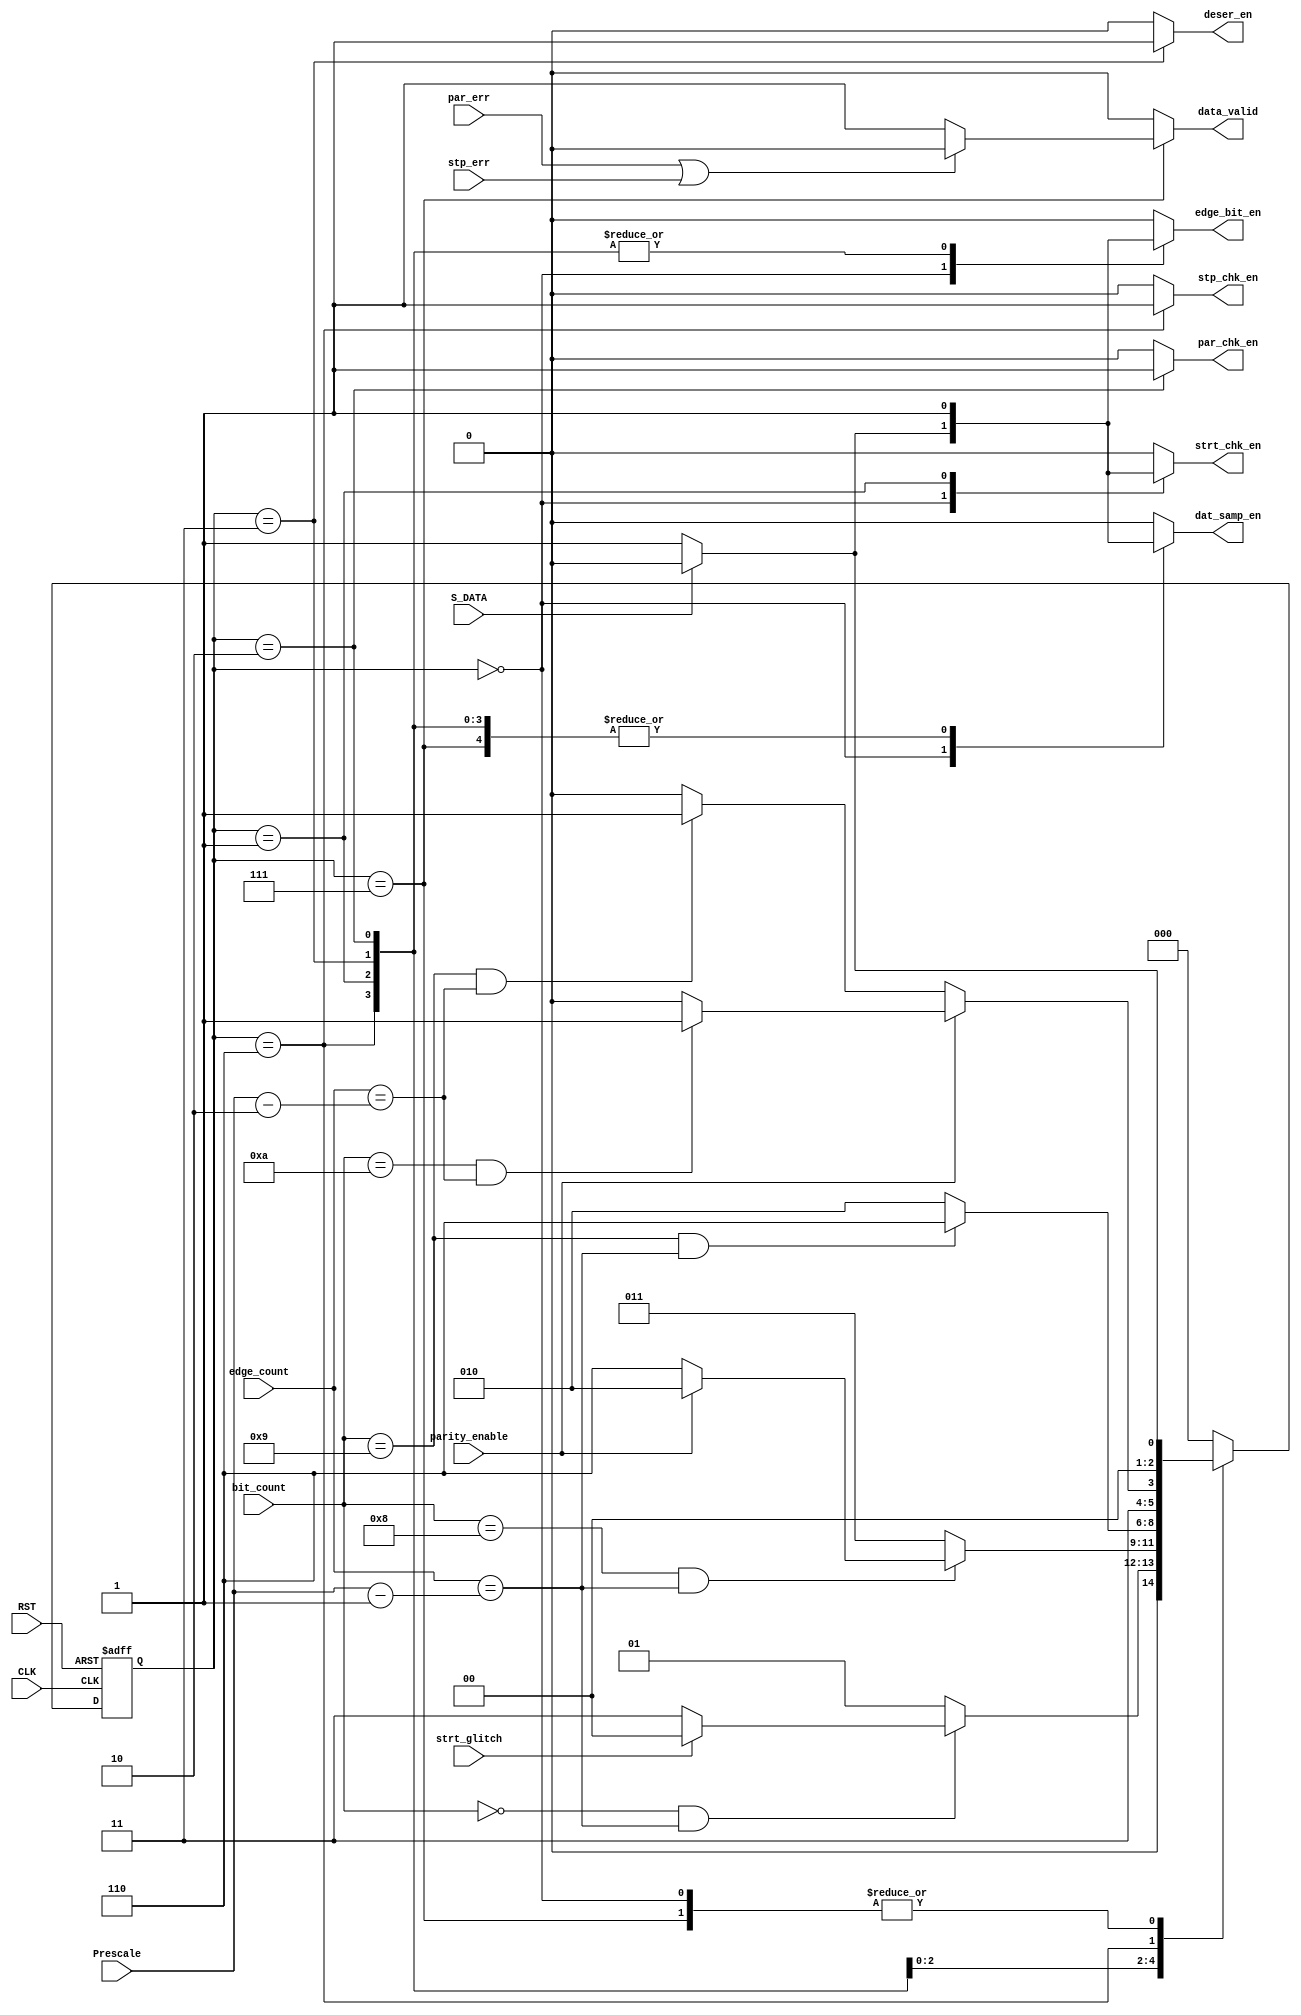

module uart_rx_fsm  # ( parameter DATA_WIDTH = 8 ) (

 input   wire                  CLK,
 input   wire                  RST,
 input   wire                  S_DATA,
 input   wire   [5:0]          Prescale,  
 input   wire                  parity_enable, 
 input   wire   [3:0]          bit_count,
 input   wire   [5:0]          edge_count,
 input   wire                  par_err,
 input   wire                  stp_err, 
 input   wire                  strt_glitch,
 output  reg                   strt_chk_en,  
 output  reg                   edge_bit_en, 
 output  reg                   deser_en, 
 output  reg                   par_chk_en, 
 output  reg                   stp_chk_en,
 output  reg                   dat_samp_en,
 output  reg                   data_valid
);


// gray state encoding
localparam  [2:0]      IDLE     = 3'b000 ,
                       start    = 3'b001 ,
					   data     = 3'b011 ,
					   parity   = 3'b010 ,
					   stop     = 3'b110 ,
					   err_chk  = 3'b111 ;

reg         [2:0]      current_state , 
                       next_state    ;
					   
wire        [5:0]      check_edge , 
                       error_check_edge;                 					   
			
			
assign  check_edge = (Prescale - 6'd1) ;
assign  error_check_edge = (Prescale - 6'd2) ;

//state transiton 
always @ (posedge CLK or negedge RST)
 begin
  if(!RST)
   begin
    current_state <= IDLE ;
   end
  else
   begin
    current_state <= next_state ;
   end
 end
 

// next state logic
always @ (*)
 begin
  case(current_state)
  IDLE   : begin
             if(!S_DATA)
			  next_state = start ;
			else
			  next_state = IDLE ; 			
           end
  start  : begin
             if(bit_count == 4'd0 && edge_count == check_edge)
			   begin
			    if(!strt_glitch)                    // check that start bit not a glitch
				 begin
			      next_state = data ;
                 end
                else 
                 begin
 			      next_state = IDLE ;       
                 end		
               end
			 else
			   begin
			    next_state = start ; 			
               end			  
           end
  data   : begin
             if(bit_count == 4'd8 && edge_count == check_edge)
			   begin
			     if(parity_enable)
				   begin
			        next_state = parity ;
				   end 
                 else
				   begin
			        next_state = stop ;
                   end					
               end
			 else
			   begin
			    next_state = data ; 			
               end			  
           end 
  parity : begin
             if(bit_count == 4'd9 && edge_count == check_edge)
			   begin
			    next_state = stop ; 
               end
			 else
			   begin
			    next_state = parity ; 			
               end			  
            end
  stop    : begin  
			  if(parity_enable)
				begin
				  if(bit_count == 4'd10 && edge_count == error_check_edge)
			        begin
			          next_state = err_chk ; 
                    end
			      else
			        begin
					  next_state = stop ; 			
                   end					   
			    end
              else
                begin
				  if(bit_count == 4'd9 && edge_count == error_check_edge)
			        begin
			          next_state = err_chk ; 
                    end
			      else
			        begin
					  next_state = stop ; 			
                   end	
                end				
            end	
  err_chk : begin
              if(!S_DATA)
			   next_state = start ;
			  else
			   next_state = IDLE ; 									  
            end				  		   
  default: begin
			 next_state = IDLE ; 
           end	
  endcase                 	   
 end 

 
// output logic
always @ (*)
 begin
  edge_bit_en = 1'b0 ;
  dat_samp_en = 1'b0 ;  
  deser_en    = 1'b0 ; 
  par_chk_en  = 1'b0 ; 
  stp_chk_en  = 1'b0 ;
  data_valid  = 1'b0 ;
  strt_chk_en = 1'b0 ;
  case(current_state)
  IDLE   : begin
             if(!S_DATA)
			  begin
               edge_bit_en = 1'b1 ; 
               deser_en    = 1'b0 ; 
               par_chk_en  = 1'b0 ; 
               stp_chk_en  = 1'b0 ;	
			   strt_chk_en = 1'b1 ;
               dat_samp_en = 1'b1 ; 			   
			  end 
			else
			  begin
			   strt_chk_en = 1'b0 ;
               edge_bit_en = 1'b0 ; 
               deser_en    = 1'b0 ; 
               par_chk_en  = 1'b0 ; 
               stp_chk_en  = 1'b0 ;
               dat_samp_en = 1'b0 ; 			   
			  end  			
           end
  start  : begin
			 strt_chk_en = 1'b1 ;  
             edge_bit_en = 1'b1 ; 
             deser_en    = 1'b0 ; 
             par_chk_en  = 1'b0 ; 
             stp_chk_en  = 1'b0 ;
             dat_samp_en = 1'b1 ;			 
           end
  data   : begin
             edge_bit_en = 1'b1 ; 
             deser_en    = 1'b1 ; 
             par_chk_en  = 1'b0 ; 
             stp_chk_en  = 1'b0 ;
             dat_samp_en = 1'b1 ;			 
           end
  parity : begin
             edge_bit_en = 1'b1 ; 
             deser_en    = 1'b0 ; 
             par_chk_en  = 1'b1 ; 
             stp_chk_en  = 1'b0 ;
             dat_samp_en = 1'b1 ;				 
           end
  stop   : begin
             edge_bit_en = 1'b1 ; 
             deser_en    = 1'b0 ; 
             par_chk_en  = 1'b0 ; 
             stp_chk_en  = 1'b1 ;
             dat_samp_en = 1'b1 ;				 
           end	
  err_chk: begin
             edge_bit_en = 1'b0 ; 
             deser_en    = 1'b0 ; 
             par_chk_en  = 1'b0 ; 
             stp_chk_en  = 1'b0 ;
             dat_samp_en = 1'b1 ;
             if(par_err | stp_err)
			   begin
			    data_valid = 1'b0 ; 
               end
			 else
			   begin
			    data_valid = 1'b1 ; 	    				
               end				 
           end			   
  default: begin
             edge_bit_en = 1'b0 ; 
             deser_en    = 1'b0 ; 
             par_chk_en  = 1'b0 ; 
             stp_chk_en  = 1'b0 ;	
			 data_valid  = 1'b0 ;
             dat_samp_en = 1'b0 ;				 
		   end 
  endcase                 	   
 end 

endmodule